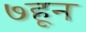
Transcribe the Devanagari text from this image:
७हून